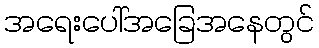
အရေးပေါ်အခြေအနေတွင်